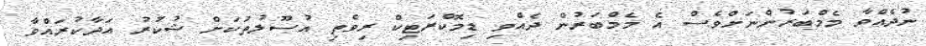
ނުދެއްވާ މެމްބަރުންނަށްވެސް އެ މެމްބަރުން ދެއްވި ޑިމޮކްރަޓިކް ރިވެތި އުސޫލުތަކަށް ޝުކުރު އަދާކުރައްވާ